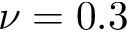
\nu = 0 . 3